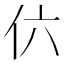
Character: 𠆾